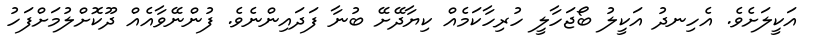
އަކީލަށެވެ. އެހިނދު އަކީލު ބޯޖަހާލީ ހުރިހާކަމެއް ކިޔާދޭށޭ ބުނާ ފަދައިންނެވެ. ފުންނޭވާއެއް ދޫކޮށްލުމަށްފަހު